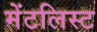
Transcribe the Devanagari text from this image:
मेंटलिस्ट